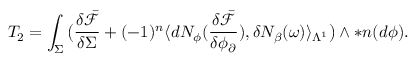
T _ { 2 } = \int _ { \Sigma } \big ( \frac { \delta \bar { \mathcal { F } } } { \delta \Sigma } + ( - 1 ) ^ { n } \langle d N _ { \phi } ( \frac { \delta \bar { \mathcal { F } } } { \delta \phi _ { \partial } } ) , \delta N _ { \beta } ( \omega ) \rangle _ { \Lambda ^ { 1 } } \big ) \wedge \ast \boldsymbol { n } ( d \phi ) .